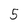
Character: 5